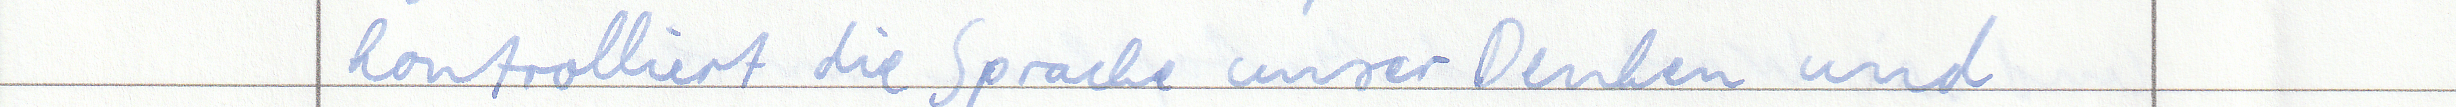
kontrolliert die Sprache unser Denken und